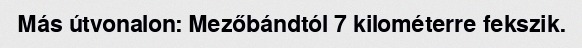
Más útvonalon: Mezőbándtól 7 kilométerre fekszik.